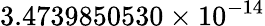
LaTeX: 3.4739850530\times 10^{-14}